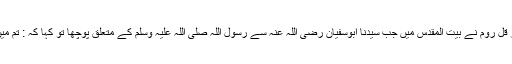
اس طرح صحیح بخاری 4/1مسلم 97/2پر مروی ہے کہ ہر قل روم نے بیت المقدس میں جب سیّدنا ابوسفیان رضی اللہ عنہ سے رسول اللہ صلی اللہ علیہ وسلم کے متعلق پوچھا تو کہا کہ : تم میں سے اِ س آدمی کے نسبی لحاظ سے کون زیادہ قریب ہے ؟